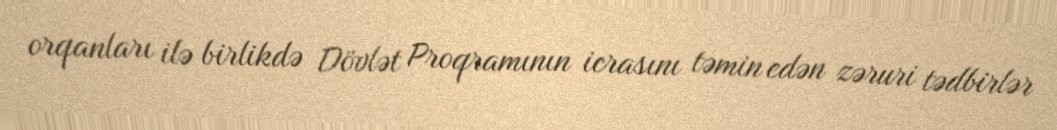
orqanları ilə birlikdə Dövlət Proqramının icrasını təmin edən zəruri tədbirlər